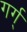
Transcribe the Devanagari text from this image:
गर्ग्